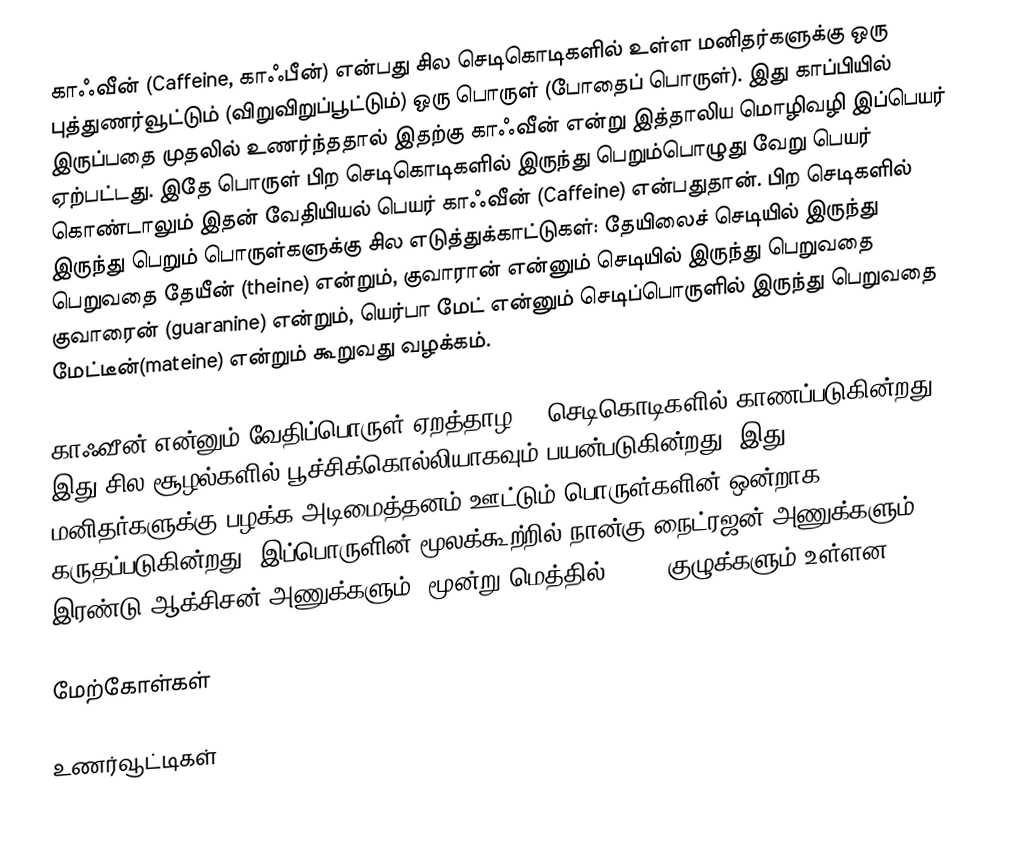
காஃவீன் (Caffeine, காஃபீன்) என்பது சில செடிகொடிகளில் உள்ள மனிதர்களுக்கு ஒரு புத்துணர்வூட்டும் (விறுவிறுப்பூட்டும்) ஒரு பொருள் (போதைப் பொருள்). இது காப்பியில் இருப்பதை முதலில் உணர்ந்ததால் இதற்கு காஃவீன் என்று இத்தாலிய மொழிவழி இப்பெயர் ஏற்பட்டது. இதே பொருள் பிற செடிகொடிகளில் இருந்து பெறும்பொழுது வேறு பெயர் கொண்டாலும் இதன் வேதியியல் பெயர் காஃவீன் (Caffeine) என்பதுதான். பிற செடிகளில் இருந்து பெறும் பொருள்களுக்கு சில எடுத்துக்காட்டுகள்: தேயிலைச் செடியில் இருந்து பெறுவதை தேயீன் (theine) என்றும், குவாரான் என்னும் செடியில் இருந்து பெறுவதை குவாரைன் (guaranine) என்றும், யெர்பா மேட் என்னும் செடிப்பொருளில் இருந்து பெறுவதை மேட்டீன்(mateine) என்றும் கூறுவது வழக்கம்.

காஃவீன் என்னும் வேதிப்பொருள் ஏறத்தாழ 60 செடிகொடிகளில் காணப்படுகின்றது. இது சில சூழல்களில் பூச்சிக்கொல்லியாகவும் பயன்படுகின்றது. இது மனிதர்களுக்கு பழக்க அடிமைத்தனம் ஊட்டும் பொருள்களின் ஒன்றாக கருதப்படுகின்றது. இப்பொருளின் மூலக்கூற்றில் நான்கு நைட்ரஜன் அணுக்களும் இரண்டு ஆக்சிசன் அணுக்களும், மூன்று மெத்தில் (CH3) குழுக்களும் உள்ளன.

மேற்கோள்கள்

உணர்வூட்டிகள்